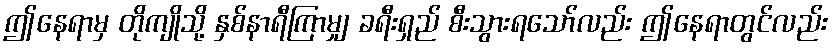
ဤနေရာမှ တိုကျိုသို့ နှစ်နာရီကြာမျှ ခရီးရှည် စီးသွားရသော်လည်း ဤနေရာတွင်လည်း